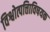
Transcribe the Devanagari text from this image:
विश्वोत्पत्तिाविषयक